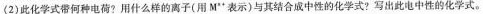
(2)此化学式带何种电荷?用什么样的离子(用M^{n+}表示)与其结合成中性的化学式?写出此电中性的化学式。